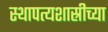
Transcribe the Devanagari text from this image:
स्थापत्यशास्रीच्या